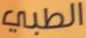
الطبي